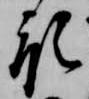
預